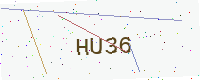
Text: HU36